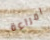
امراءة